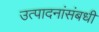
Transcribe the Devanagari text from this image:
उत्पादनांसंबधी